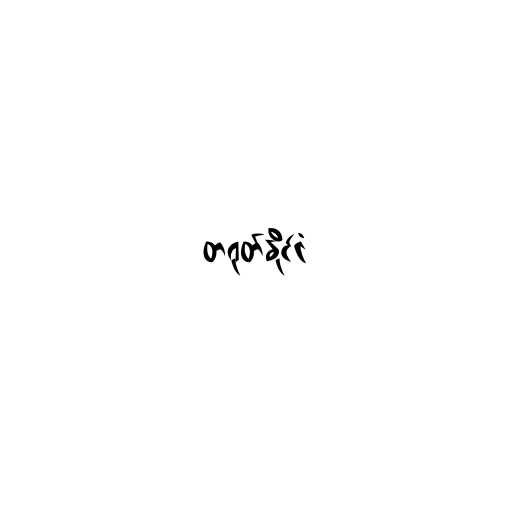
တရုတ်နိုင်ငံ